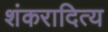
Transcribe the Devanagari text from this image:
शंकरादित्य